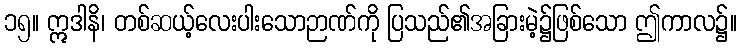
၁၅။ ဣဒါနိ၊ တစ်ဆယ့်လေးပါးသောဉာဏ်ကို ပြသည်၏အခြားမဲ့၌ဖြစ်သော ဤကာလ၌။